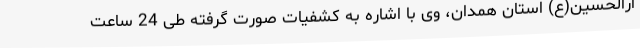
ارالحسین(ع) استان همدان، وی با اشاره به کشفیات صورت گرفته طی 24 ساعت